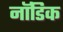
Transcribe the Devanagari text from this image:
नॉडिक